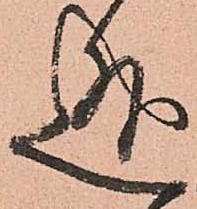
迯